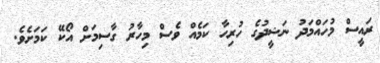
ރައީސް މުހައްމަދު ނަޝީދުގެ ހުރިހާ ކަމެއް ވެސް މިހާރު ގާސިމަށް އޯކޭ ކަމަށެވެ.